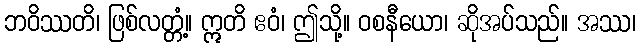
ဘဝိဿတိ၊ ဖြစ်လတ္တံ့။ ဣတိ ဧဝံ၊ ဤသို့။ ဝစနီယော၊ ဆိုအပ်သည်။ အဿ၊